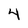
Character: 4